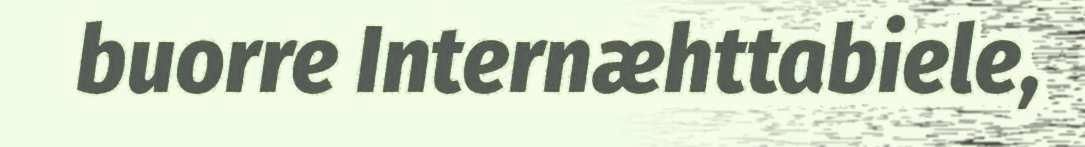
buorre Internæhttabiele,